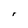
Character: r